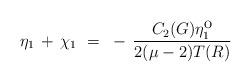
LaTeX: \begin{align*}\eta_1 \, + \, \chi_1 ~=~ - \, \frac{C_2(G) \eta^{\mbox{o}}_1}{2(\mu-2)T(R)}\end{align*}